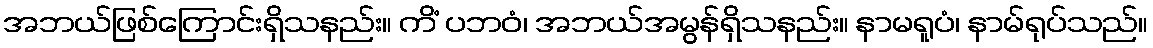
အဘယ်ဖြစ်ကြောင်းရှိသနည်း။ ကိံ ပဘဝံ၊ အဘယ်အမွန်ရှိသနည်း။ နာမရူပံ၊ နာမ်ရုပ်သည်။